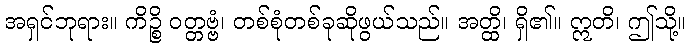
အရှင်ဘုရား။ ကိဉ္စိ ဝတ္တဗ္ဗံ၊ တစ်စုံတစ်ခုဆိုဖွယ်သည်။ အတ္ထိ၊ ရှိ၏။ ဣတိ၊ ဤသို့။